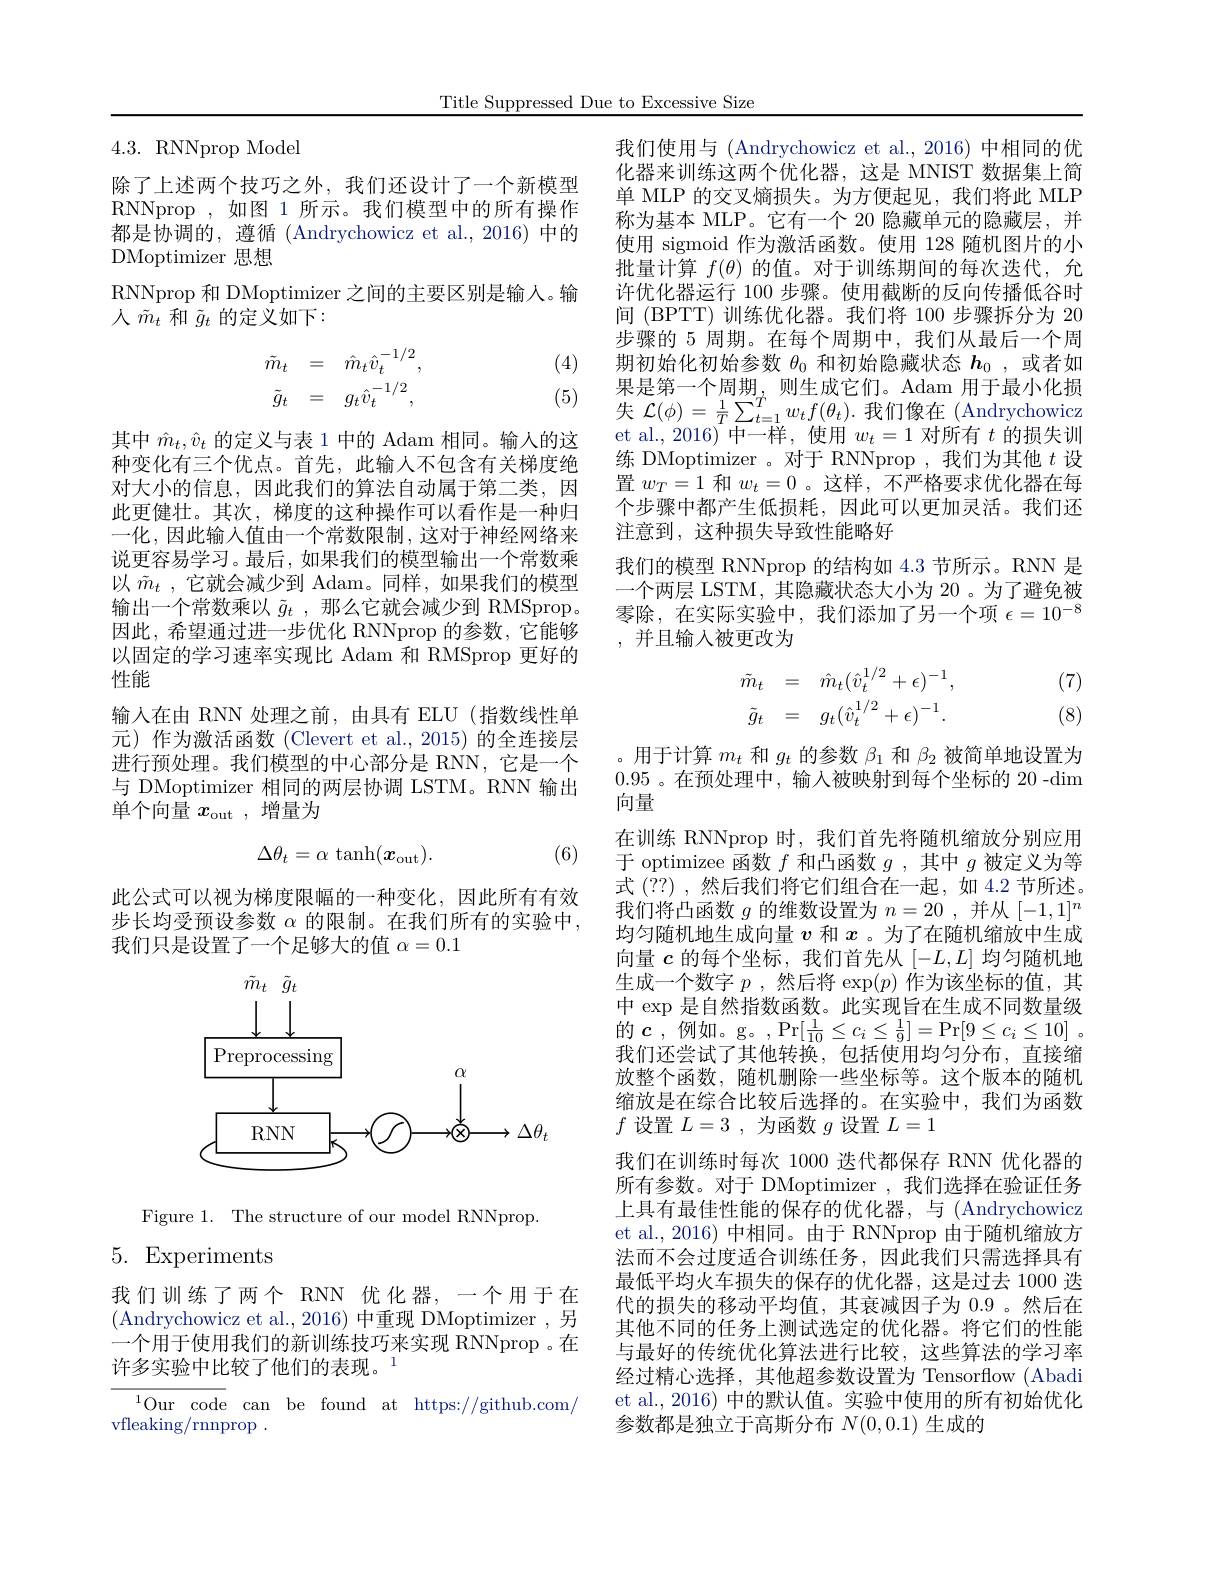
Title Suppressed Due to Excessive Size

## 4.3.RNNprop Model

除了上述两个技巧之外，我们还设计了一个新模型RNNprop , 如图 1 所示。我们模型中的所有操作都是协调的，遵循 (Andrychowicz et al.,2016) 中的DMoptimizer 思想
RNNprop 和 DMoptimizer 之间的主要区别是输人。输
人$\tilde{m}_{t}$和$\tilde{g}_{t}$的定义如下：

(4)
$$\begin{array}{rcl}\tilde{m}_t&=&\hat{m}_t\hat{v}_t^{-1/2},\\\tilde{g}_t&=&g_t\hat{v}_t^{-1/2},\end{array}$$
(5)

其中$\hat{m}_t,\hat{v}_t$的定义与表 1 中的 Adam 相同。输入的这种变化有三个优点。首先，此输人不包含有关梯度绝对大小的信息，因此我们的算法自动属于第二类，因此更健壮。其次，梯度的这种操作可以看作是一种归一化，因此输入值由一个常数限制，这对于神经网络来说更容易学习。最后，如果我们的模型输出一个常数乘以$\tilde{m}_t$,它就会减少到 Adam。同样，如果我们的模型输出一个常数乘以$\tilde{g}_t$ ,那么它就会减少到 RMSprop。因此，希望通过进一步优化 RNNprop 的参数，它能够以固定的学习速率实现比 Adam 和 RMSprop 更好的性能
输入在由 RNN 处理之前，由具有 ELU(指数线性单元)作为激活函数(Clevert et al.,2015)的全连接层进行预处理。我们模型的中心部分是 RNN,它是一个与 DMoptimizer 相同的两层协调 LSTM。RNN 输出单个向量$x_\mathrm{out}$,增量为

(6)
$$\Delta\theta_t=\alpha\:\tanh(\boldsymbol{x}_\mathrm{out}).$$
此公式可以视为梯度限幅的一种变化，因此所有有效步长均受预设参数 $\alpha$ 的限制。在我们所有的实验中， 我们只是设置了一个足够大的值$\alpha=0.1$

<FigureHere>

Figure 1. The structure of our model RNNprop.

# 5. Experiments

我们训练了两个 RNN 优化器，一个用于在(Andrychowicz et al.,2016)中重现 DMoptimizer,另一个用于使用我们的新训练技巧来实现 RNNprop 。在许多实验中比较了他们的表现。$^{1}$

$^{1}$Our code canbe found at https://github.com/
vfleaking/rnnprop .

我们使用与(Andrychowicz et al.,2016)中相同的优化器来训练这两个优化器，这是 MNIST 数据集上简单 MLP 的交叉熵损失。为方便起见，我们将此 MLP 称为基本 MLP。它有一个 20 隐藏单元的隐藏层，并使用 sigmoid 作为激活函数。使用 128 随机图片的小$\bar{\text{批量计算 }f(\theta)\text{ 的值。对于训练期间的每次迭代，允}}$ 许优化器运行 100 步骤。使用截断的反向传播低谷时间 (BPTT) 训练优化器。我们将 100 步骤拆分为 20步骤的 5 周期。在每个周期中，我们从最后一个周期初始化初始参数$\theta_0$和初始隐藏状态$h_0$,或者如果是第一个周期，则生成它们。Adam 用于最小化损失 $\mathcal{L} ( \phi ) = \frac 1T\sum _{t= 1}^Tw_tf( \theta _t) .$ 我 们 像 在 ( Andrychowicz ot al 2016 ) 中 一 世 估 用 $w= 1$ 对 所 有 $t$ 的 超 先 训et al., 2016) 中一样，使用$w_t=1$对所有$t$的损失训练 DMoptimizer 。对于 RNNprop ,我们为其他$t$设置$w_T=1$和$w_t=0$ 。这样，不严格要求优化器在每个步骤中都产生低损耗，因此可以更加灵活。我们还注意到，这种损失导致性能略好
我们的模型 RNNprop 的结构如 4.3 节所示。RNN 是一个两层 LSTM,其隐藏状态大小为 20 。为了避免被零除，在实际实验中，我们添加了另一个项$\epsilon=10^{-8}$ ,并且输入被更改为

(7)
$$\begin{array}{rcl}\tilde{m}_t&=&\hat{m}_t(\hat{v}_t^{1/2}+\epsilon)^{-1},\\\tilde{g}_t&=&g_t(\hat{v}_t^{1/2}+\epsilon)^{-1}.\end{array}$$
(8)

。用于计算$m_t$和$g_t$的参数$\beta_1$和$\beta_2$被简单地设置为0.95 。在预处理中，输入被映射到每个坐标的 20 -$\dim$ 向量
在训练 RNNprop 时，我们首先将随机缩放分别应用于 optimizee 函数$f$和凸函数$g$,其中$g$被定义为等式 (??) ,然后我们将它们组合在一起，如 4.2 节所述。我们将凸函数$g$的维数设置为$n=20$ ,并从$[-1,1]^n$ 均匀随机地生成向量$v$和$x$ 。为了在随机缩放中生成向量$c$的每个坐标，我们首先从$[-L,L]$均匀随机地生成一个数字$p$ ,然后将 exp$(p)$作为该坐标的值，其中 exp 是自然指数函数。此实现旨在生成不同数量级的$c$,例如。g。,Pr$[\frac1{10}\leq c_i\leq\frac19]=$Pr$[9\leq c_i\leq10].$ 我们还尝试了其他转换，包括使用均匀分布，直接缩放整个函数，随机删除一些坐标等。这个版本的随机缩放是在综合比较后选择的。在实验中，我们为函数$f$设置$L=3$,为函数$g$设置$L=1$
我们在训练时每次 1000 迭代都保存 RNN 优化器的所有参数。对于 DMoptimizer ,我们选择在验证任务上具有最佳性能的保存的优化器，与 (Andrychowicz) et al., 2016) 中相同。由于 RNNprop 由于随机缩放方法而不会过度适合训练任务，因此我们只需选择具有最低平均火车损失的保存的优化器，这是过去 1000 迭代的损失的移动平均值，其衰减因子为0.9。然后在其他不同的任务上测试选定的优化器。将它们的性能与最好的传统优化算法进行比较，这些算法的学习率经过精心选择，其他超参数设置为 Tensorflow (Abadi et al., 2016) 中的默认值。实验中使用的所有初始优化参数都是独立于高斯分布$N(0,0.1)$生成的